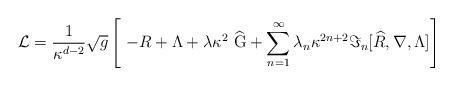
LaTeX: \begin{align*}{\cal L}=\frac{1}{\kappa ^{d-2}}\sqrt{g}\left[ \ -R+\Lambda +\lambda \kappa^{2}~\widehat{{\rm G}}+\sum_{n=1}^{\infty }\lambda _{n}\kappa ^{2n+2}\Im_{n}[\widehat{R},\nabla ,\Lambda ]\right] \end{align*}